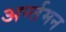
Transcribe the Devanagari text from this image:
अर्न्‍तमन